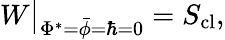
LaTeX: W\big|_{\Phi^{*}=\bar{\phi}=\hbar=0}=S_{\mathrm{cl}},